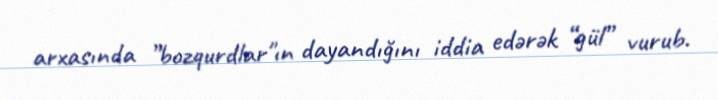
arxasında ”bozqurdlar"ın dayandığını iddia edərək “gül” vurub.